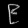
Digit: ၉